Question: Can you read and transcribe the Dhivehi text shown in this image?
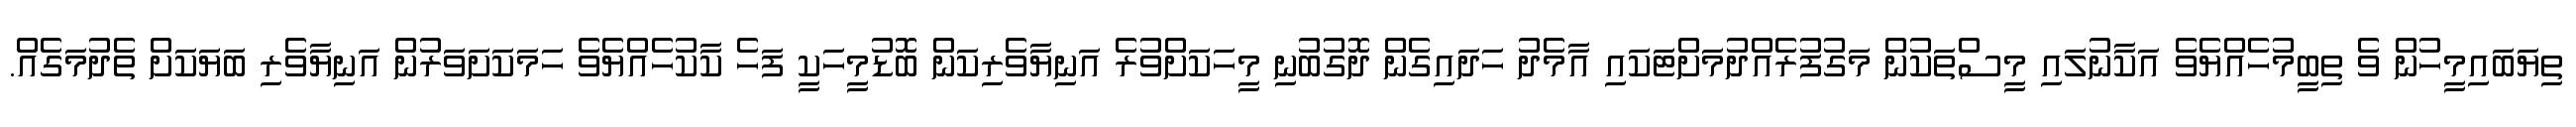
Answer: ތިޔަބައިމީހުން ވެ ތިބީމުހެއްޔެވެ އަކާނުލައި މީސްތަކުން މަގުފުރެއްދުމަށްޓަކައި އާމެދު ހަދައިގެން ދޮގުބުނި މީހަކަށްވުރެ އަނިޔާވެރިކަން ބޮޑުމީހަކީ ފަހެ ކާކުހެއްޔެވެ ހަމަކަށަވަރުން އަނިޔާވެރި ބަޔަކަށް ތެދުމަގެއް.